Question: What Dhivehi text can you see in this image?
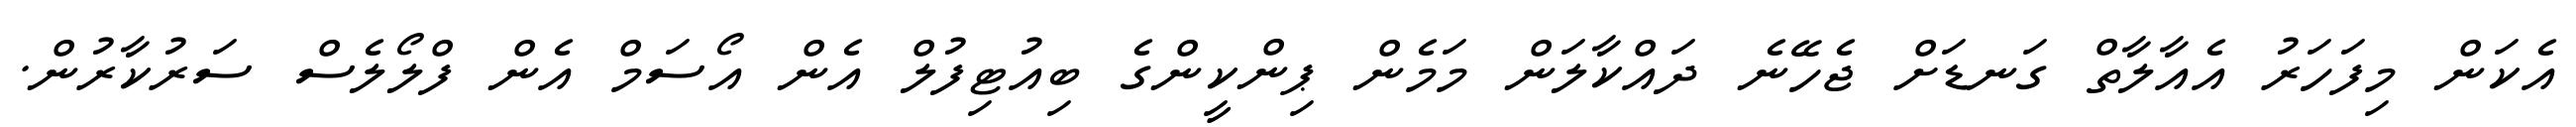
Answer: އެކަން މިފަހަރު އެއާލާތް ގަނޑަށް ޖެހޭނެ ދައްކާލަން މަމެން ޕިންކީންގެ ބިއުޓިފުލް އެން އޯސަމް އެން ފްލޯލެސް ސަރުކާރުން.